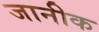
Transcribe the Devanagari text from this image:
जानीक